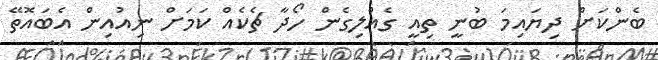
ބެންކަށް ދިޔައިމަ ބުނީ ތިއީ ގެއްލިގެން ހޯދާ ޗެކެއް ކަމަށް ނިއުއިން އެބައޮތޭ